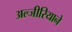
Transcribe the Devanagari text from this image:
अल्जीरियाने